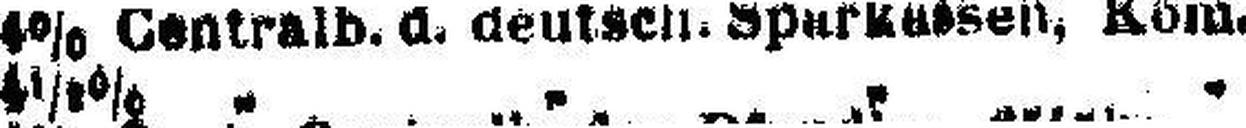
4½% „ „ „ „